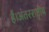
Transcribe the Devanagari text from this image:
हैं।अंतरराष्ट्रीय